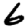
Digit: 6